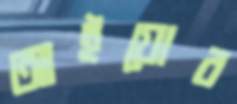
আইয়োর